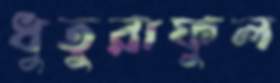
ধুতুরাফুল